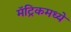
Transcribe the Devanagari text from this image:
मॅट्रिकमध्ये